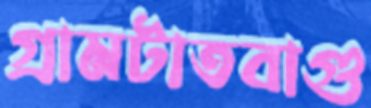
গ্রামটাতবাগু